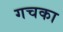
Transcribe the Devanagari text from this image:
गचका